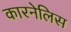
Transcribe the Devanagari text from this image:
कारनेलिस